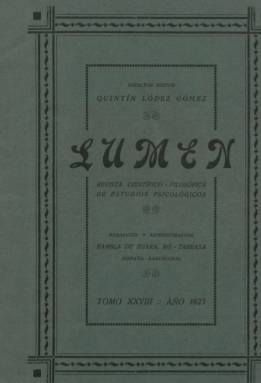
Título: Lumen (Tarrasa)
Colección: Espiritismo
Ámbito geográfico: Barcelona
Lugar de publicación: Tarrasa [Barcelona]
Fechas: 01/12/1923-30/04/1926

Está considerada como una de las mejores revistas espiritistas en lengua española, fundada, dirigida y edita por Quintín López Gómez (1864-1934), uno de los más fecundos escritores y propagadores (con más de cincuenta obras) de esta filosofía. La colección de este título de la Biblioteca Nacional de España cuenta con tres números, dos correspondientes a 1924 y el tercero, a 1926, de periodicidad mensual y paginación variada, con el subtítulo “revista científico-filosófica de estudios psicológicos”. De acuerdo con su secuencia, comenzaría a publicarse en 1896, aunque puede ser este año el inicio de una tercera época, pues no se conoce con certeza si pudo estar apareciendo en años anteriores y si pudo en algún momento estar fundida con Revista de estudios psicológicos (Barcelona: 1876-1901). Según Óscar García Rodríguez (2006), también tuvo el subtítulo “periódico semanal ilustrado dedicado a las clases populares” y en su cabecera llegó a estampar los lemas “espiritismo, magnetismo, hipnotismo, ciencias ocultas”.

Entre sus redactores contó con Luz Alba, Margarita Gil, Víctor Melcior, Fabián Palasí, Eugenio García Gonzalo y Joaquín. Entre las firmas de sus textos aparecen las de Ángel Aguarod, Alcídes Argüedas, Gastón Bourníquel, Juan José Julio Elizalde, Amadeo Gallart, Gustavo Geley, Manuel González Soriano, Bernardo Obrador, Abdón Sánchez Herrero, Salvador Sellés, Francisco Arqués, Manuel Sanz Benito y Joaquín Huelbes Temprado, entre otras. Publicó artículos y noticias sobre la filosofía espiritista y dio cuenta de las actividades de la Federación Espiritista Española, del Centro Barcelonés de Estudios Psicológicos y de los congresos internacionales espiritistas. Debió dejar de publicarse en 1926, cuando su editor contrae una enfermedad que le imposibilita continuarla.